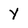
Character: Y